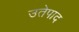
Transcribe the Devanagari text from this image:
उतेपाद